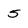
Character: 5